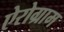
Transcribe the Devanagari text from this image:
ऐरोग्राम